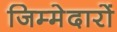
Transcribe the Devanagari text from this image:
जिम्मेदारों